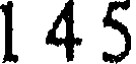
1 45